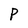
Character: P